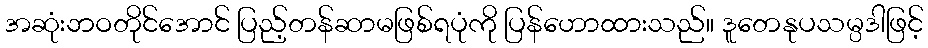
အဆုံးဘဝတိုင်အောင် ပြည့်တန်ဆာမဖြစ်ရပုံကို ပြန်ဟောထားသည်။ ဒူတေနုပသမ္ပဒါဖြင့်